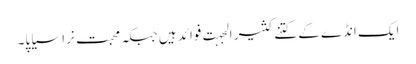
ایک انڈے کے کتنے کثیر الجہت فوائد ہیں جبکہ محبت نرا سیاپا۔